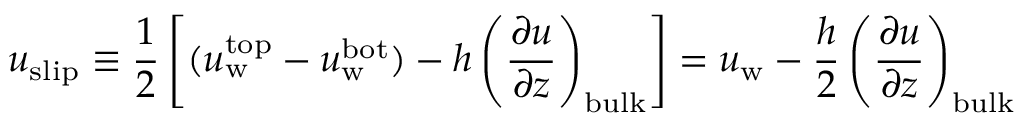
u _ { \mathrm { s l i p } } \equiv \frac { 1 } { 2 } \left[ ( u _ { \mathrm { w } } ^ { \mathrm { t o p } } - u _ { \mathrm { w } } ^ { \mathrm { b o t } } ) - h \left( \frac { \partial u } { \partial z } \right) _ { \mathrm { b u l k } } \right] = u _ { \mathrm { w } } - \frac { h } { 2 } \left( \frac { \partial u } { \partial z } \right) _ { \mathrm { b u l k } }